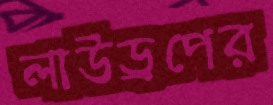
লাউড্রপের